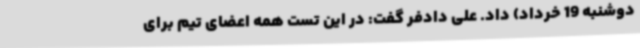
دوشنبه 19 خرداد) داد. علی دادفر گفت: در این تست همه اعضای تیم برای